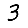
Digit: 3